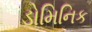
ડોમિનિક